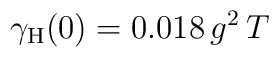
\gamma_{\rm H}(0) = 0.018 \, g^2 \, T